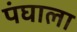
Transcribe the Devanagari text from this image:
पंघाला